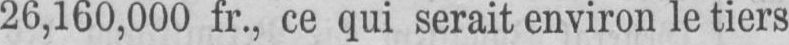
26,160,000 fr., ce qui serait environ le tiers